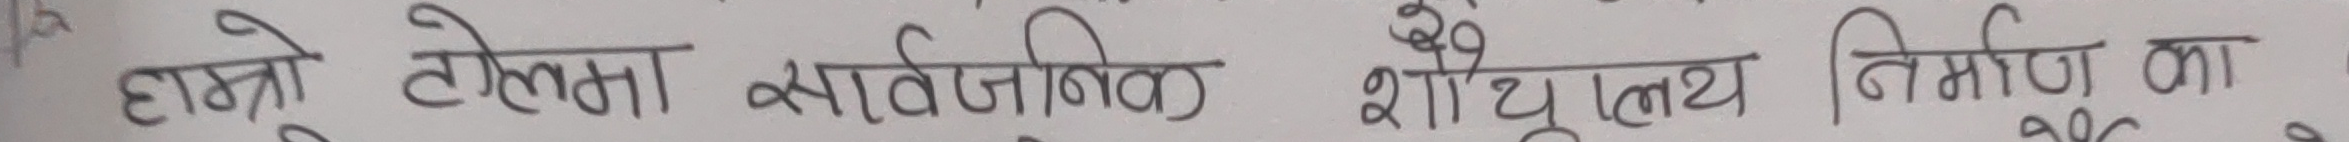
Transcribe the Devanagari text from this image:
हाम्रो तोलमा सार्वजनिक शौचालय निर्माण का